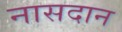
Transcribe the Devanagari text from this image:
नासदान